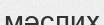
мәслих